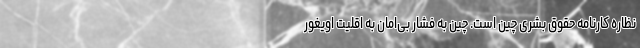
نظاره کارنامه حقوق بشری چین است. چین به فشار بی‌امان به اقلیت اویغور